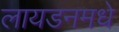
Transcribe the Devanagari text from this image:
लायडनमधे